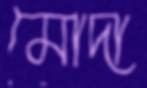
মোদা